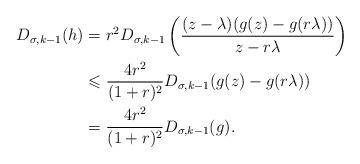
LaTeX: \begin{align*} D_{\sigma,k-1}(h)&=r^2D_{\sigma,k-1}\left(\frac{(z-\lambda)(g(z)-g(r\lambda))}{z-r\lambda}\right)\\ &\leqslant \frac{4r^2}{(1+r)^2} D_{\sigma,k-1}(g(z)-g(r\lambda))\\&=\frac{4r^2}{(1+r)^2} D_{\sigma,k-1}(g).\end{align*}